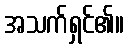
အသက်ရှင်၏။